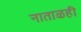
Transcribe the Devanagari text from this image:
नाताळही